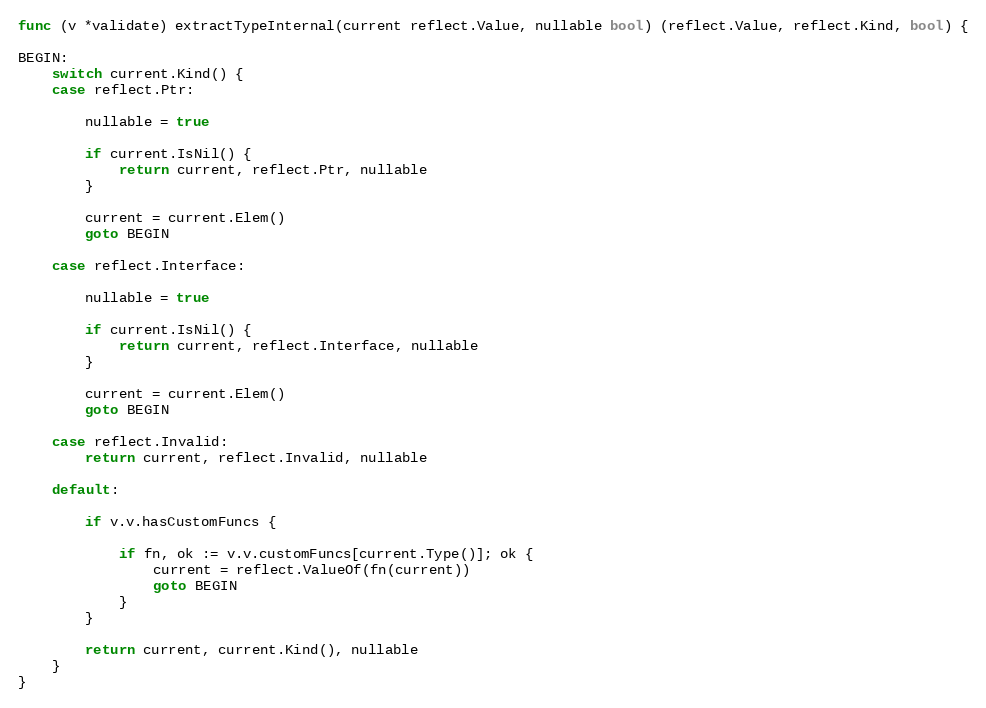
Language: Go
func (v *validate) extractTypeInternal(current reflect.Value, nullable bool) (reflect.Value, reflect.Kind, bool) {

BEGIN:
	switch current.Kind() {
	case reflect.Ptr:

		nullable = true

		if current.IsNil() {
			return current, reflect.Ptr, nullable
		}

		current = current.Elem()
		goto BEGIN

	case reflect.Interface:

		nullable = true

		if current.IsNil() {
			return current, reflect.Interface, nullable
		}

		current = current.Elem()
		goto BEGIN

	case reflect.Invalid:
		return current, reflect.Invalid, nullable

	default:

		if v.v.hasCustomFuncs {

			if fn, ok := v.v.customFuncs[current.Type()]; ok {
				current = reflect.ValueOf(fn(current))
				goto BEGIN
			}
		}

		return current, current.Kind(), nullable
	}
}